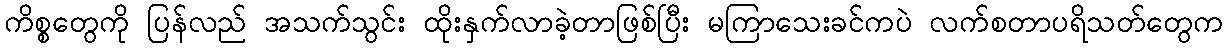
ကိစ္စတွေကို ပြန်လည် အသက်သွင်း ထိုးနှက်လာခဲ့တာဖြစ်ပြီး မကြာသေးခင်ကပဲ လက်စတာပရိသတ်တွေက